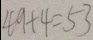
4 9 + 4 = 5 3